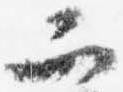
二